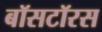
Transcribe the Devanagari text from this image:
बॉसटॉरस